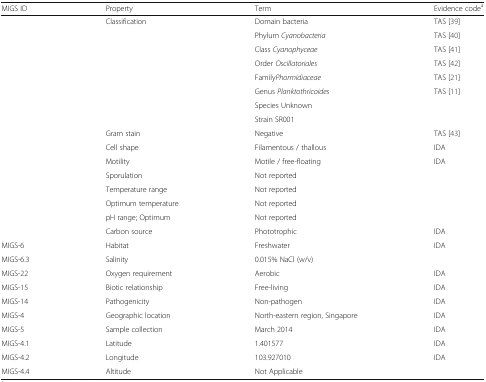
<table><thead><tr><td><b>MIGS ID</b></td><td><b>Property</b></td><td><b>Term</b></td><td><b>Evidence code<sup>a</sup></b></td></tr></thead><tbody><tr><td></td><td>Classification</td><td>Domain bacteria</td><td>TAS [39]</td></tr><tr><td></td><td></td><td>Phylum <i>Cyanobacteria</i></td><td>TAS [40]</td></tr><tr><td></td><td></td><td>Class <i>Cyanophyceae</i></td><td>TAS [41]</td></tr><tr><td></td><td></td><td>Order <i>Oscillatoriales</i></td><td>TAS [42]</td></tr><tr><td></td><td></td><td>Family<i>Phormidiaceae</i></td><td>TAS [21]</td></tr><tr><td></td><td></td><td>Genus <i>Planktothricoides</i></td><td>TAS [11]</td></tr><tr><td></td><td></td><td>Species Unknown</td><td></td></tr><tr><td></td><td></td><td>Strain SR001</td><td></td></tr><tr><td></td><td>Gram stain</td><td>Negative</td><td>TAS [43]</td></tr><tr><td></td><td>Cell shape</td><td>Filamentous / thallous</td><td>IDA</td></tr><tr><td></td><td>Motility</td><td>Motile / free-floating</td><td>IDA</td></tr><tr><td></td><td>Sporulation</td><td>Not reported</td><td></td></tr><tr><td></td><td>Temperature range</td><td>Not reported</td><td></td></tr><tr><td></td><td>Optimum temperature</td><td>Not reported</td><td></td></tr><tr><td></td><td>pH range; Optimum</td><td>Not reported</td><td></td></tr><tr><td></td><td>Carbon source</td><td>Phototrophic</td><td>IDA</td></tr><tr><td>MIGS-6</td><td>Habitat</td><td>Freshwater</td><td>IDA</td></tr><tr><td>MIGS-6.3</td><td>Salinity</td><td>0.015% NaCl (w/v)</td><td></td></tr><tr><td>MIGS-22</td><td>Oxygen requirement</td><td>Aerobic</td><td>IDA</td></tr><tr><td>MIGS-15</td><td>Biotic relationship</td><td>Free-living</td><td>IDA</td></tr><tr><td>MIGS-14</td><td>Pathogenicity</td><td>Non-pathogen</td><td>IDA</td></tr><tr><td>MIGS-4</td><td>Geographic location</td><td>North-eastern region, Singapore</td><td>IDA</td></tr><tr><td>MIGS-5</td><td>Sample collection</td><td>March 2014</td><td>IDA</td></tr><tr><td>MIGS-4.1</td><td>Latitude</td><td>1.401577</td><td>IDA</td></tr><tr><td>MIGS-4.2</td><td>Longitude</td><td>103.927010</td><td>IDA</td></tr><tr><td>MIGS-4.4</td><td>Altitude</td><td>Not Applicable</td><td></td></tr></tbody></table>